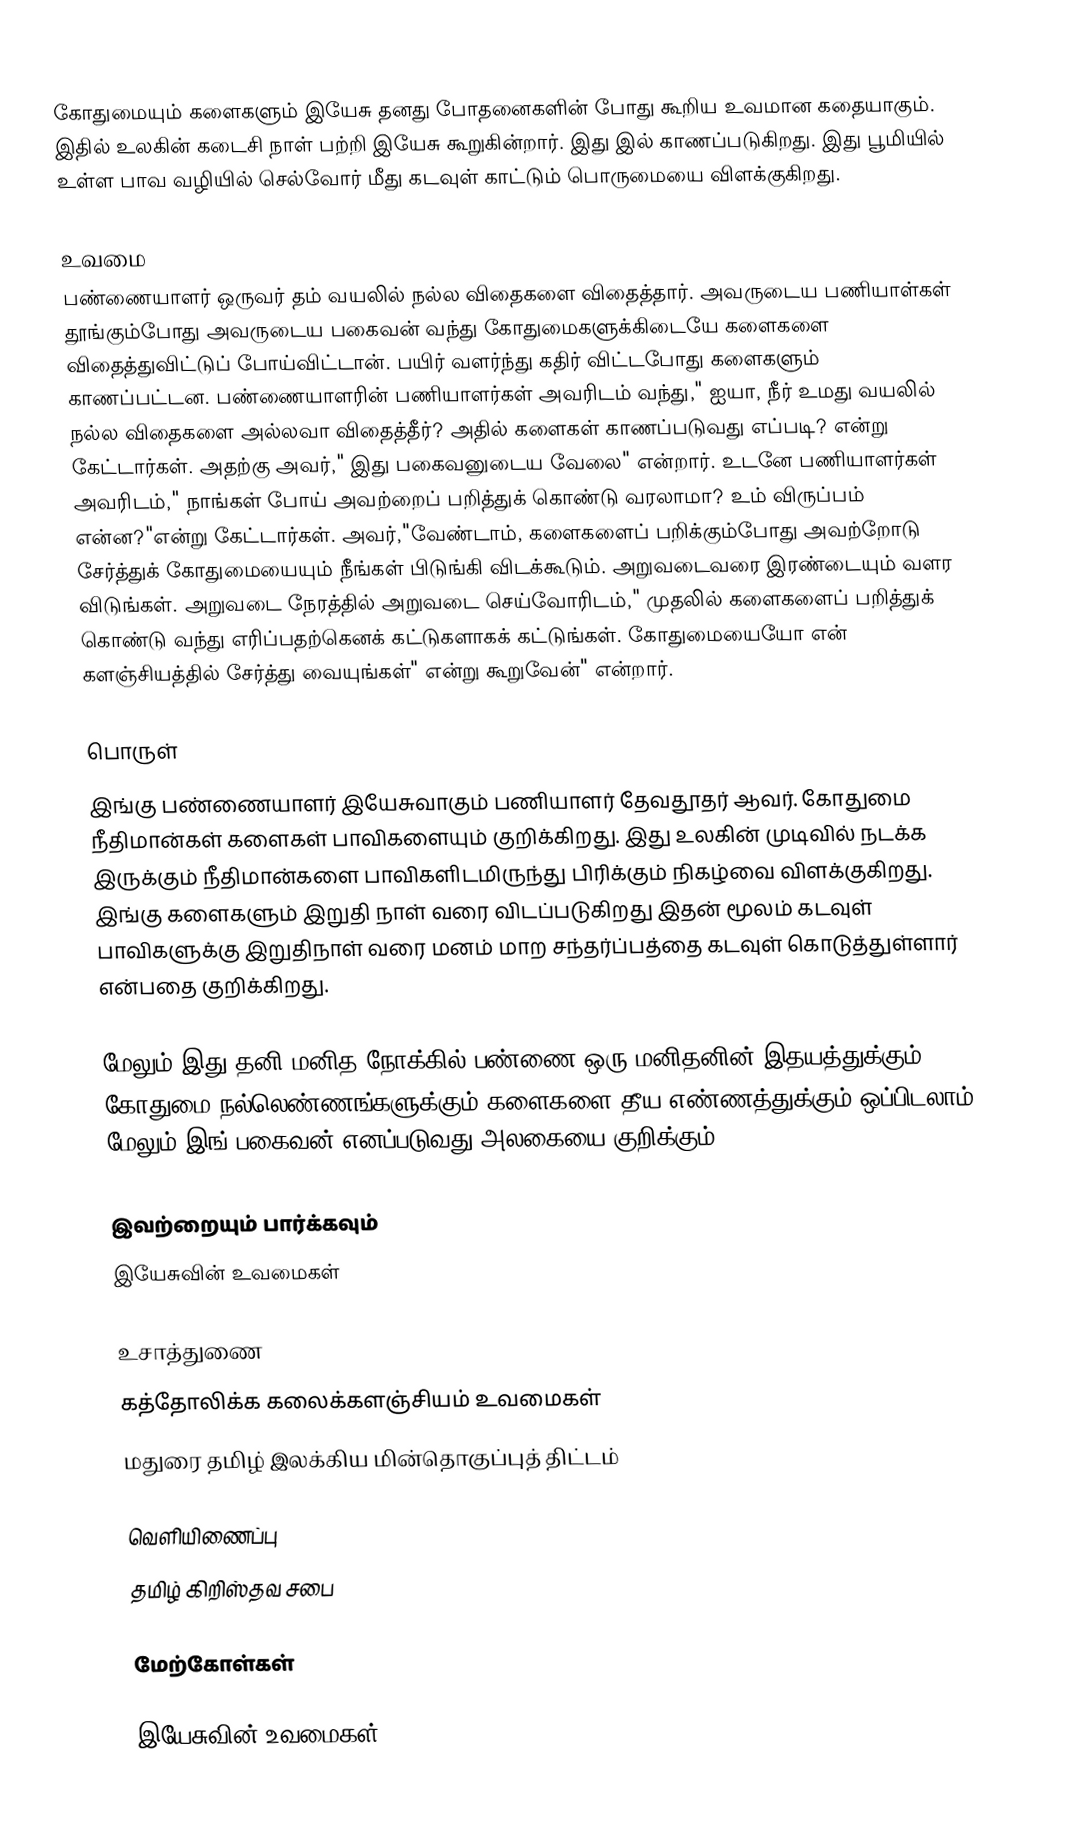
கோதுமையும் களைகளும் இயேசு தனது போதனைகளின் போது கூறிய உவமான கதையாகும். இதில் உலகின் கடைசி நாள் பற்றி இயேசு கூறுகின்றார். இது  இல் காணப்படுகிறது. இது பூமியில் உள்ள பாவ வழியில் செல்வோர் மீது கடவுள் காட்டும் பொருமையை விளக்குகிறது.

உவமை
பண்ணையாளர் ஒருவர் தம் வயலில் நல்ல விதைகளை விதைத்தார். அவருடைய பணியாள்கள் தூங்கும்போது அவருடைய பகைவன் வந்து கோதுமைகளுக்கிடையே களைகளை விதைத்துவிட்டுப் போய்விட்டான். பயிர் வளர்ந்து கதிர் விட்டபோது களைகளும் காணப்பட்டன. பண்ணையாளரின் பணியாளர்கள் அவரிடம் வந்து," ஐயா, நீர் உமது வயலில் நல்ல விதைகளை அல்லவா விதைத்தீர்? அதில் களைகள் காணப்படுவது எப்படி? என்று கேட்டார்கள். அதற்கு அவர்," இது பகைவனுடைய வேலை" என்றார். உடனே பணியாளர்கள் அவரிடம்," நாங்கள் போய் அவற்றைப் பறித்துக் கொண்டு வரலாமா? உம் விருப்பம் என்ன?"என்று கேட்டார்கள். அவர்,"வேண்டாம், களைகளைப் பறிக்கும்போது அவற்றோடு சேர்த்துக் கோதுமையையும் நீங்கள் பிடுங்கி விடக்கூடும். அறுவடைவரை இரண்டையும் வளர விடுங்கள். அறுவடை நேரத்தில் அறுவடை செய்வோரிடம்," முதலில் களைகளைப் பறித்துக் கொண்டு வந்து எரிப்பதற்கெனக் கட்டுகளாகக் கட்டுங்கள். கோதுமையையோ என் களஞ்சியத்தில் சேர்த்து வையுங்கள்" என்று கூறுவேன்" என்றார்.

பொருள்
இங்கு பண்ணையாளர் இயேசுவாகும் பணியாளர் தேவதூதர் ஆவர். கோதுமை நீதிமான்கள் களைகள் பாவிகளையும் குறிக்கிறது. இது உலகின் முடிவில் நடக்க இருக்கும் நீதிமான்களை பாவிகளிடமிருந்து பிரிக்கும் நிகழ்வை விளக்குகிறது. இங்கு களைகளும் இறுதி நாள் வரை விடப்படுகிறது இதன் மூலம் கடவுள் பாவிகளுக்கு இறுதிநாள் வரை மனம் மாற சந்தர்ப்பத்தை கடவுள் கொடுத்துள்ளார் என்பதை குறிக்கிறது.

மேலும் இது தனி மனித நோக்கில் பண்ணை ஒரு மனிதனின் இதயத்துக்கும் கோதுமை நல்லெண்ணங்களுக்கும் களைகளை தீய எண்ணத்துக்கும் ஒப்பிடலாம். மேலும் இங் பகைவன் எனப்படுவது அலகையை குறிக்கும்.

இவற்றையும் பார்க்கவும்
 இயேசுவின் உவமைகள்

உசாத்துணை
கத்தோலிக்க கலைக்களஞ்சியம் உவமைகள்
மதுரை தமிழ் இலக்கிய மின்தொகுப்புத் திட்டம்

வெளியிணைப்பு
தமிழ் கிறிஸ்தவ சபை

மேற்கோள்கள்

இயேசுவின் உவமைகள்